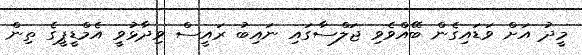
މީދު އަށް ވަޑައިގެން ބޭއްވެވި ޖަލްސާގައި ނައިބު ރައީސް ވިދާޅުވީ އެމްޑީޕީގެ ތިން